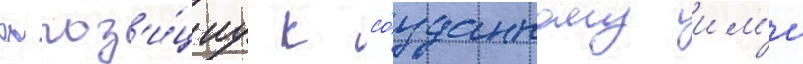
оппоз'и́циу к со́зданному им'и